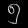
Digit: ၅